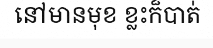
នៅមានមុខ ខ្លះក៏បាត់